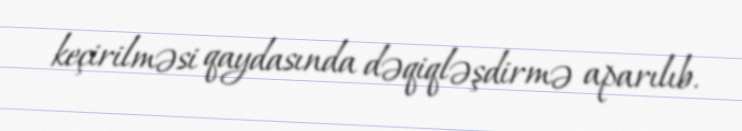
keçirilməsi qaydasında dəqiqləşdirmə aparılıb.